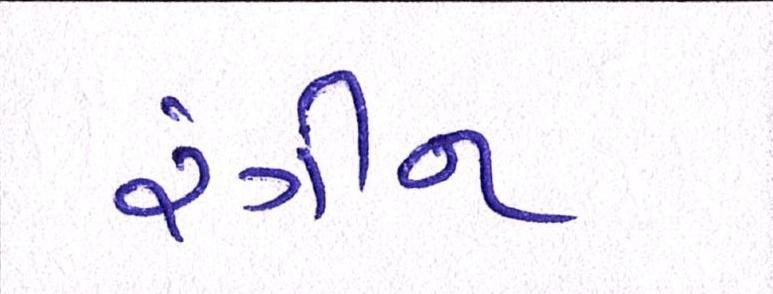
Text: રંગીન